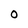
Character: 0